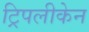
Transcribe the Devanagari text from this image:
ट्रिपलीकेन